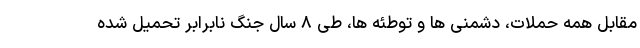
مقابل همه حملات، دشمنی ها و توطئه ها، طی ۸ سال جنگ نابرابر تحمیل شده